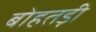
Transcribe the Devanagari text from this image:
बोहतड़ी